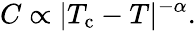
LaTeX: C\propto|T_{\mathrm{c}}-T|^{-\alpha}.